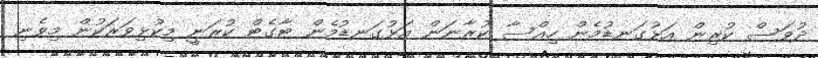
ދުވަސް ކުރިން އަޅުގަނޑުމެން ހިއްސާ ކުރާނަން އަޅުގަނޑުމެން ޓާގެޓް ކުރަނީ މިކުޅިވަރަކުން މިވެނި